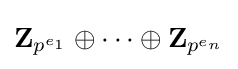
\mathbf {Z} _{p^{e_{1}}}\oplus \cdots \oplus \mathbf {Z} _{p^{e_{n}}}